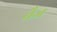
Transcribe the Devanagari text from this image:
तैज